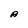
Character: A